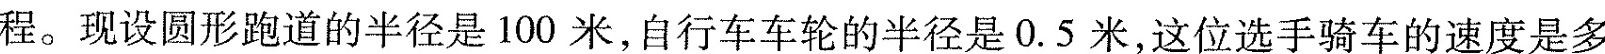
程。现设圆形跑道的半径是100米，自行车车轮的半径是0.5米，这位选手骑车的速度是多